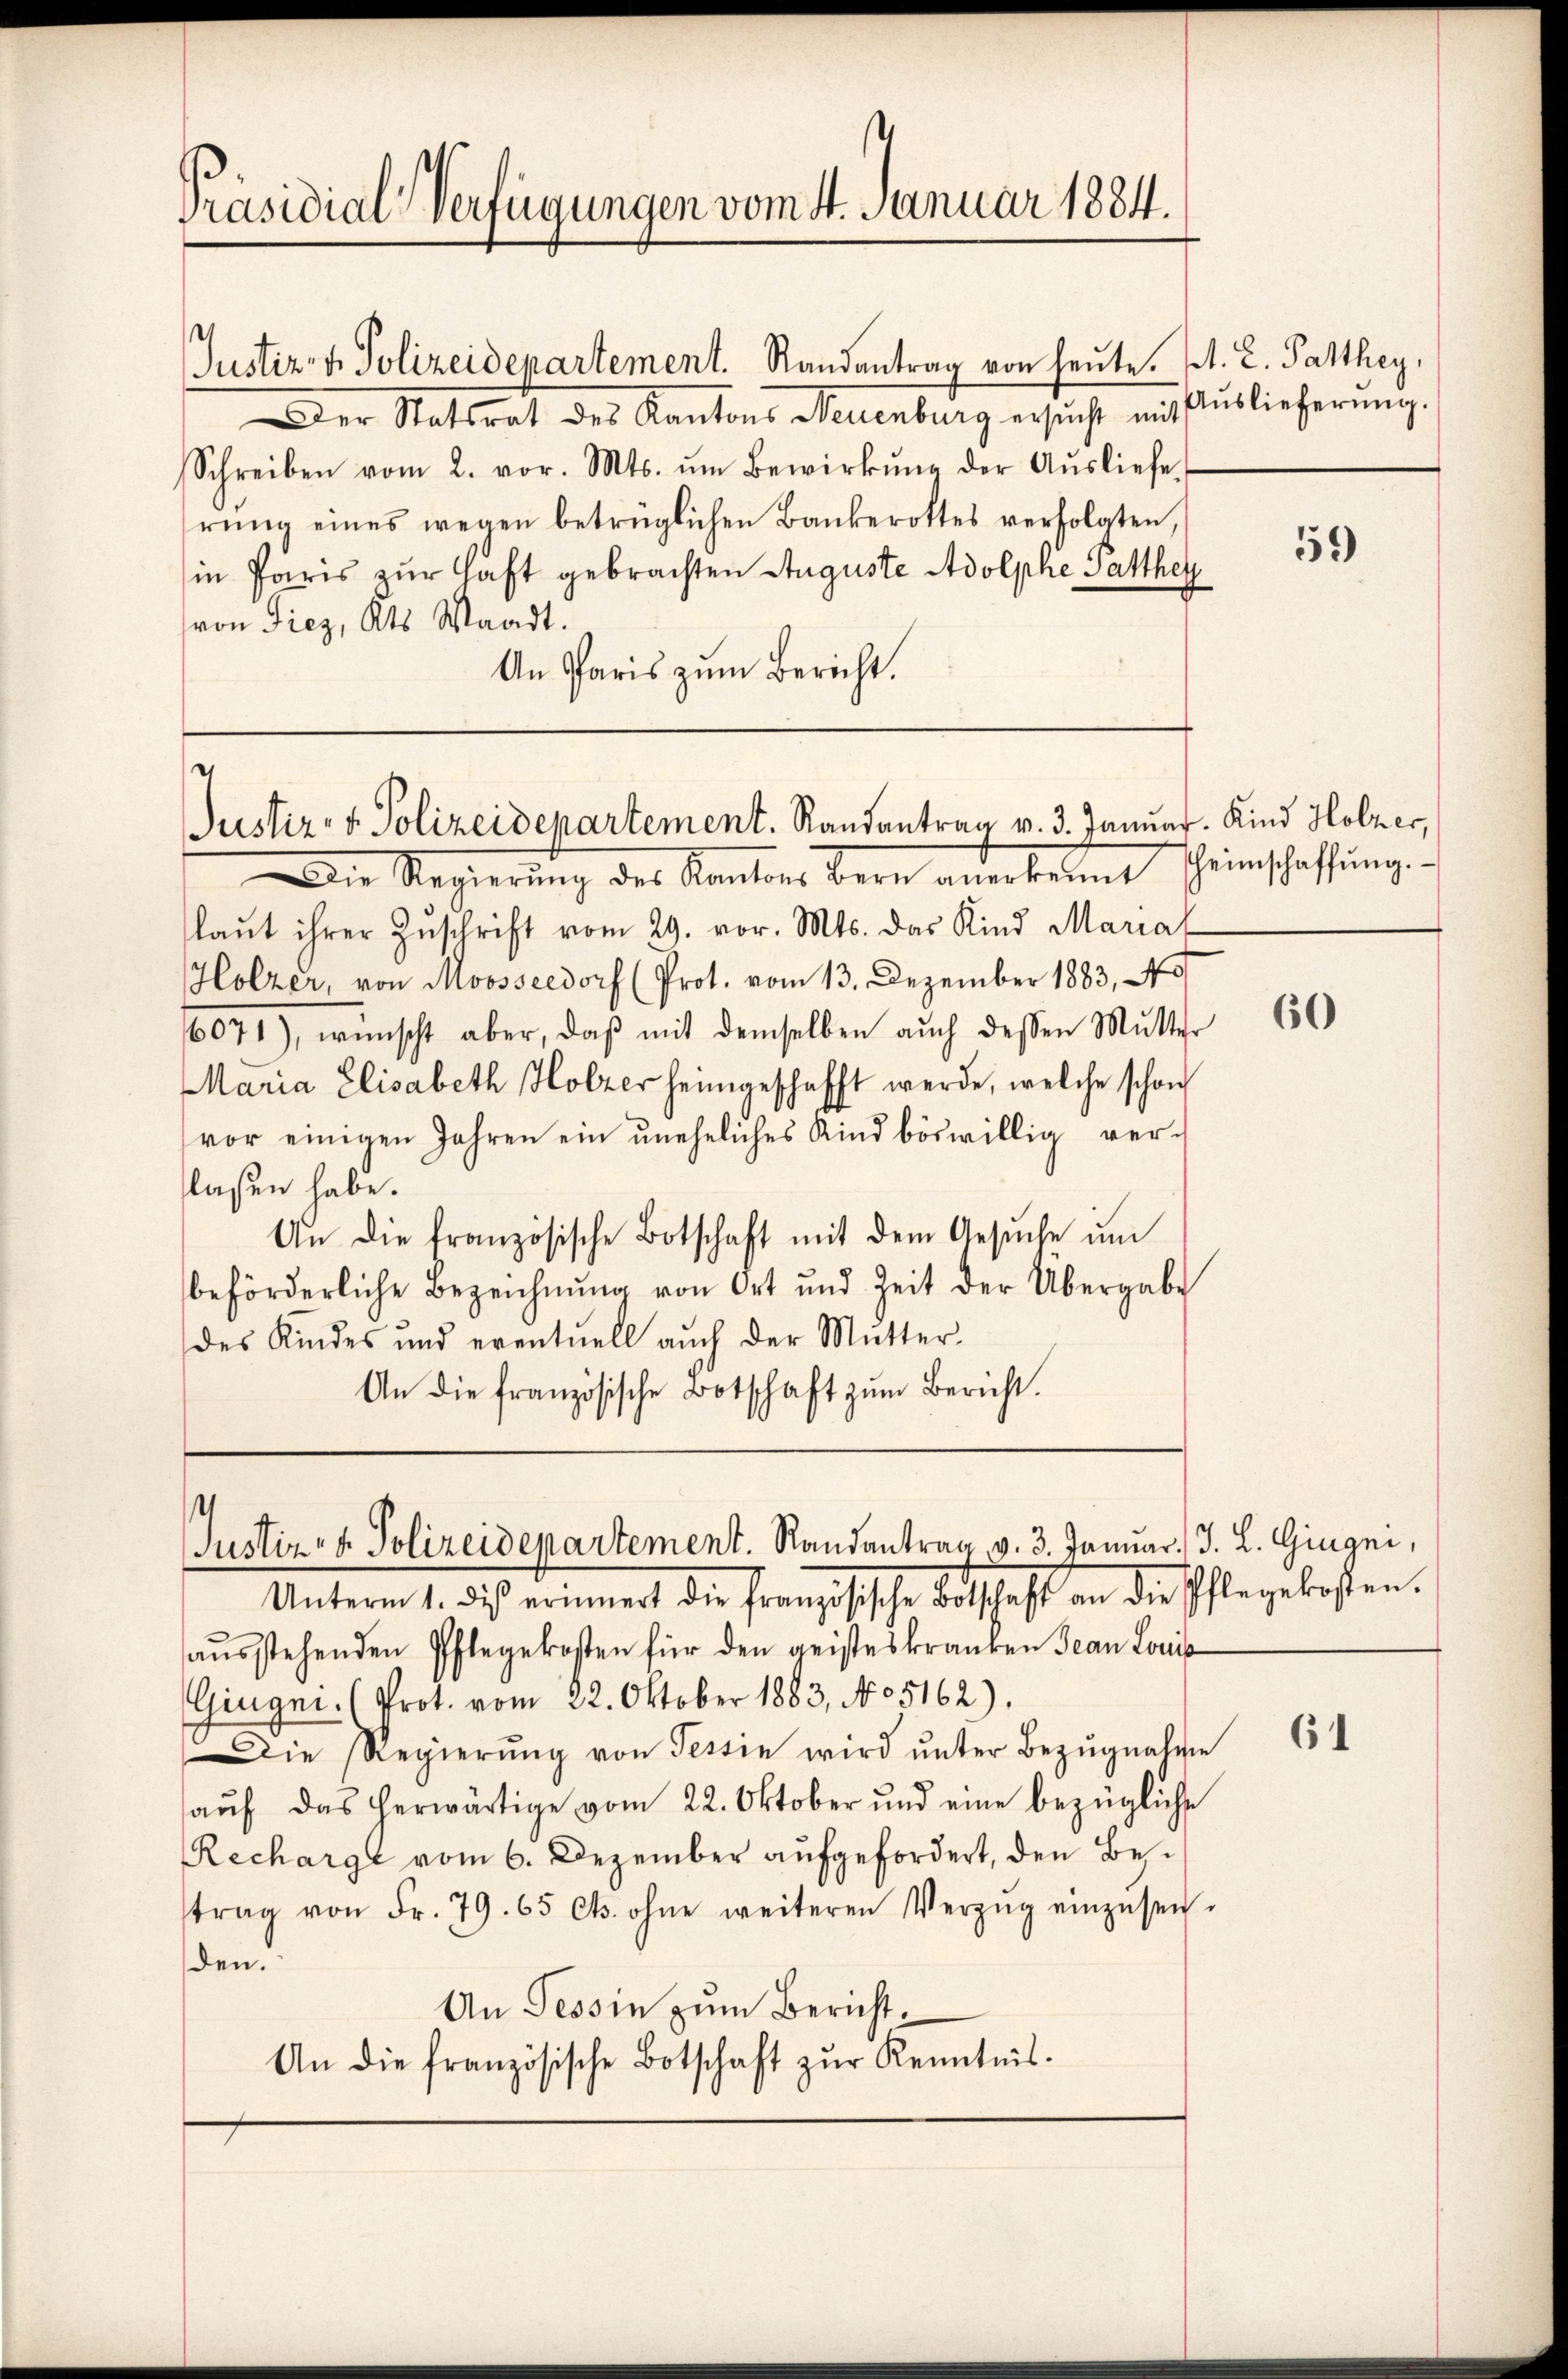
Präsidial-Verfügungen vom 4. Januar 1884.

Justiz- & Polizeidenartement. Randantrag von heute. J. L. Parthey,
Der Statsrat des Kantons Neuenburg ersŭcht mit Auslieferŭng.
Schreiben vom 2. vor. Mts. ŭm Bewirkŭng der Aŭsliefe
rŭng eines wegen betrüglichen Bankerottes verfolgten,
in Paris zur Haft gebrachten Auguste Adolphe Gatthei
von Fiez, Kts. Waadt.
An Paris zum Bericht.

Die Regierŭng des Kantons Bern anerkennt scheinschaffŭng.
laŭt ihrer Zŭschrift vom 29. vor. Mts. das Kind Mariat
Holzer, von Moosseedorf (Prot. vom 13. Dezember 1883, 40
6071), wünscht aber, daβ mit demselben auch dessen Mutter
Maria Elisabeth Holzer heimgeschafft werde, welche schon
vor einigen Jahren ein uneheliches Kind böswillig ver-
laßen habe.
An die französische Botschaft mit dem Gesŭche ŭm
beförderliche Bezeichnŭng von Ort und Zeit der Übergabe
des Kindes und eventuell auch der Mutter-
An die französische Botschaft zŭm Bericht.

.
Justiz- & Polizeidepartement. Randantrag v. 3. Januar. Kind Holzer,

Justiz- & Polizeidepartement. Randantrag v. 3. Januar J. L. Gingni,

Unterm 1. des erinnert die französische Botschaft an die Pflegekosten.
aŭsstehenden Pflegekosten für den geisteskranken Jean Louis
Gingni. (Prot. vom 22. Oktober 1883, No 5162).
Die Regierŭng von Tessin wird ŭnter Bezŭgnahme
aŭf das herwärtige vom 22. Oktober und eine bezügliche
Recharge vom 6. Dezember aufgefordert, den Bestrag von Fr. 79. 65 Cts. ohne weiteren Verzŭg einzŭsen-
den.
An Tessin zum Bericht¬
An die französische Botschaft zŭr Kenntnis.

59)

60

61